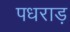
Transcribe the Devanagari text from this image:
पधराड़